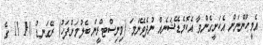
އެމީހުންނަށް އެކަށީގެންވާ އެކޮމެޑޭޝަނެއް ނުދެވޭނަމަ (މިނިސްޓްރީން ބެލުމަށްފަހު) ރޭގަނޑު 10 11 ގެ